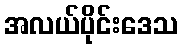
အလယ်ပိုင်းဒေသ